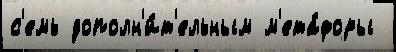
с'емь дополн'и́т'ельным м'ета́форы